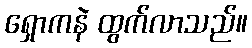
ရှောကနဲ ထွက်လာသည်။